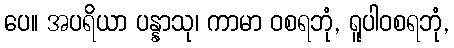
ပေ။ အပရိယာ ပန္နာသု၊ ကာမာ ဝစရဘုံ, ရူပါဝစရဘုံ,